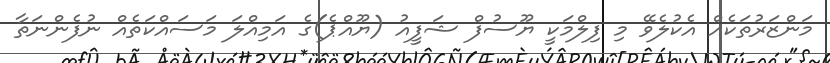
މަންޒަރުތަކެއް އެކުލެވޭ މި ފިލްމަކީ ޔޫސުފް ޝަފީއު (ޔޫއްޕެ)ގެ އަމިއްލަ މަސައްކަތެއް ނުފެންނަތާ